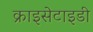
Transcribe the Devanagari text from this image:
क्राइसेटाइडी